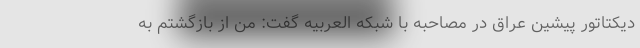
دیکتاتور پیشین عراق در مصاحبه با شبکه العربیه گفت: من از بازگشتم به